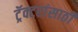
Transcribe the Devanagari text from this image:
ट्रॅक्टरांसाठी